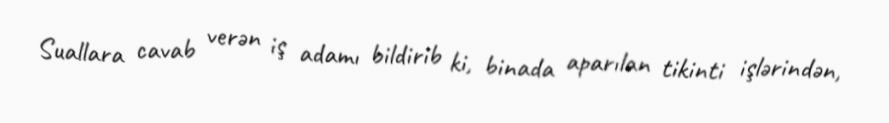
Suallara cavab verən iş adamı bildirib ki, binada aparılan tikinti işlərindən,